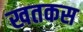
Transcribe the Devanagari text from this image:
खतकस